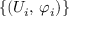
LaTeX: \left\{ \left( U _ { i } , \, \varphi _ { i } \right) \right\}